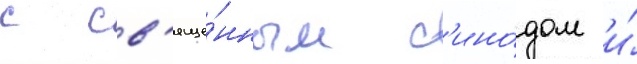
с св'яще́нным с'ино́дом и́